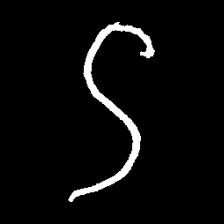
Pyu character \u2014 Myanmar letter: ဌ (romanized: ttha)